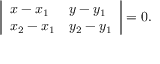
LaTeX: { \left| \begin{array} { l l } { x - x _ { 1 } } & { y - y _ { 1 } } \\ { x _ { 2 } - x _ { 1 } } & { y _ { 2 } - y _ { 1 } } \end{array} \right| } = 0 .